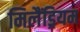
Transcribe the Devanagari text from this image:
मिलैंड्रियम